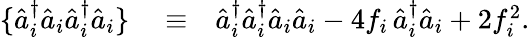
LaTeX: \begin{array}{rlr}{\{ \hat{a}_{i}^{\dagger}\hat{a}_{i}\hat{a}_{i}^{\dagger}\hat{a}_{i}\} }&{{}\equiv}&{\hat{a}_{i}^{\dagger}\hat{a}_{i}^{\dagger}\hat{a}_{i}\hat{a}_{i}-4f_{i}\, \hat{a}_{i}^{\dagger}\hat{a}_{i}+2f_{i}^{2}.}\end{array}